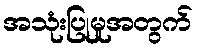
အသုံးပြုမှုအတွက်